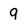
Character: 9